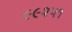
૯૯૨૫૧